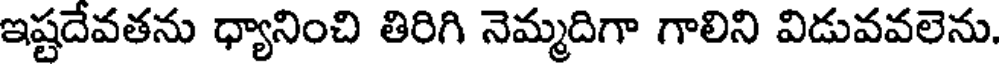
ఇష్టదేవతను ధ్యానించి తిరిగి నెమ్మదిగా గాలిని విడువవలెను.